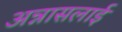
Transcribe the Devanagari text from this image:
अन्नासलाई